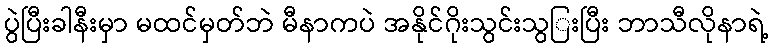
ပွဲပြီးခါနီးမှာ မထင်မှတ်ဘဲ မီနာကပဲ အနိုင်ဂိုးသွင်းသွြးပြီး ဘာသီလိုနာရဲ့